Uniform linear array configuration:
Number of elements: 8
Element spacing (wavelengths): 0.25
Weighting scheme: cosine
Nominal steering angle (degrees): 45
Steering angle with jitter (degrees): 43.788
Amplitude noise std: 0.05
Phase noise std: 0.05

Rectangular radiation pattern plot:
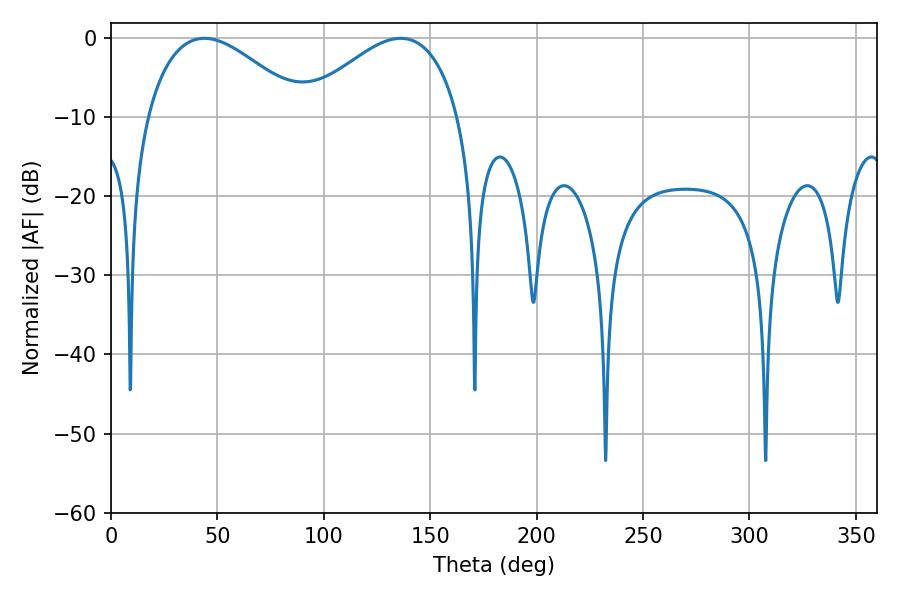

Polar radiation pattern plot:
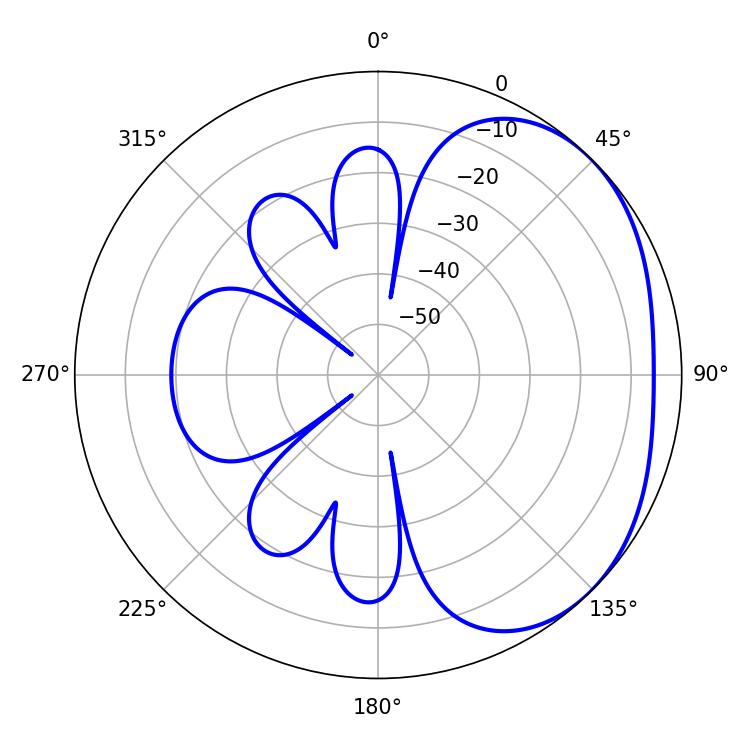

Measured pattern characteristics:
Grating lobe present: FALSE
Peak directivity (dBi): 2.585
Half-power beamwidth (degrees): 40.32
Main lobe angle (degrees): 43.92